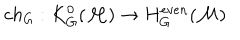
LaTeX: c h _ { G } : K _ { G } ^ { 0 } ( { \cal M } ) \to H _ { G } ^ { e v e n } ( { \cal M } )